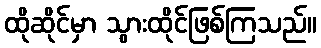
ထိုဆိုင်မှာ သွားထိုင်ဖြစ်ကြသည်။